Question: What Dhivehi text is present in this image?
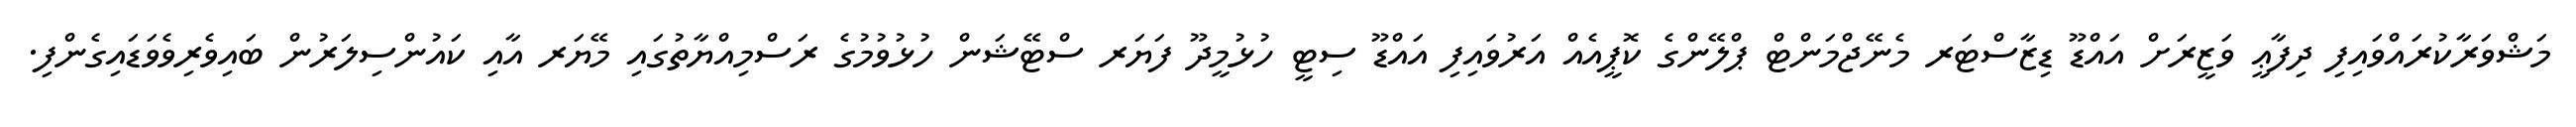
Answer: މަޝްވަރާކުރައްވައިފި ދިފާޢީ ވަޒީރަށް އައްޑޫ ޑިޒާސްޓަރ މެނޭޖްމަންޓް ޕްލޭންގެ ކޮޕީއެއް އަރުވައިފި އައްޑޫ ސިޓީ ހުޅުމީދޫ ފަޔަރ ސްޓޭޝަން ހުޅުވުމުގެ ރަސްމިއްޔާތުގައި މޭޔަރ އާއި ކައުންސިލަރުން ބައިވެރިވެވަޑައިގެންފި.